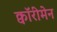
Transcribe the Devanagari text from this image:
क्वॉरीमेन